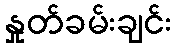
နှုတ်ခမ်းချင်း